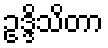
ဥဒ္ဒိသိတာ